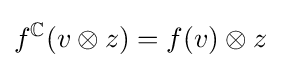
f^{\mathbb {C} }(v\otimes z)=f(v)\otimes z